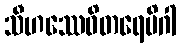
သီဟဿေဝိတရေမိဂါ